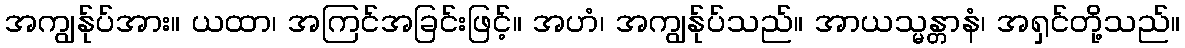
အကျွန်ုပ်အား။ ယထာ၊ အကြင်အခြင်းဖြင့်။ အဟံ၊ အကျွန်ုပ်သည်။ အာယသ္မန္တာနံ၊ အရှင်တို့သည်။